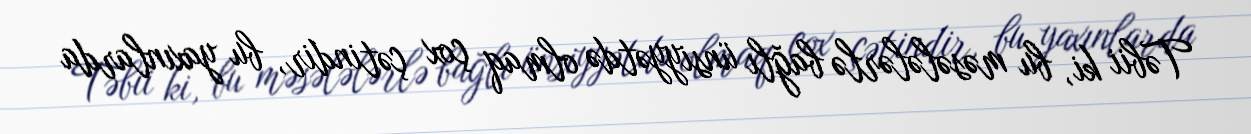
Təbii ki, bu məsələlərlə bağlı ünsiyyətdə olmaq çox çətindir, bu yaxınlarda